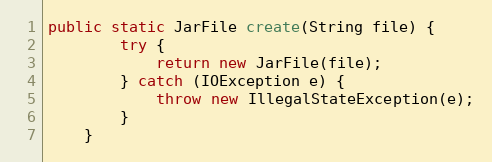
Language: Java
public static JarFile create(String file) {
        try {
            return new JarFile(file);
        } catch (IOException e) {
            throw new IllegalStateException(e);
        }
    }